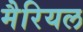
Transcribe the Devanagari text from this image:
मैरियल